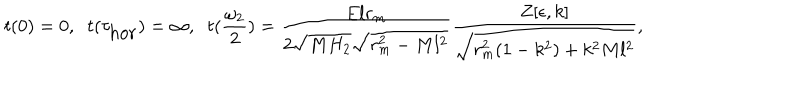
t ( 0 ) = 0 , \; \; t ( \tau _ { \mathrm { h o r } } ) = \infty , \; \; t ( \frac { \omega _ { 2 } } { 2 } ) = \frac { E l r _ { m } } { 2 \sqrt { M H _ { 2 } } \sqrt { r _ { m } ^ { 2 } - M l ^ { 2 } } } \frac { Z [ \epsilon , k ] } { \sqrt { r _ { m } ^ { 2 } ( 1 - k ^ { 2 } ) + k ^ { 2 } M l ^ { 2 } } } ,